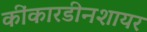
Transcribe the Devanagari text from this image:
कींकारडीनशायर